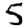
Digit: 5